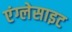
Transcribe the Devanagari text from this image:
एंग्लेसाइट